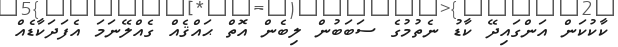
ކާކުކަން އަންގައިދޭ ކާޑު ނެތުމުގެ ސަބަބުން ލިބެން އޮތް ޙައްޤެއް ގެއްލޭނަމަ އެފަދަކާޑެއް